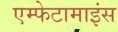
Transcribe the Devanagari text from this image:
एम्फेटामाइंस